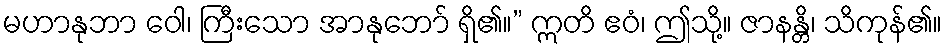
မဟာနုဘာ ဝေါ၊ ကြီးသော အာနုဘော် ရှိ၏။” ဣတိ ဧဝံ၊ ဤသို့။ ဇာနန္တိ၊ သိကုန်၏။